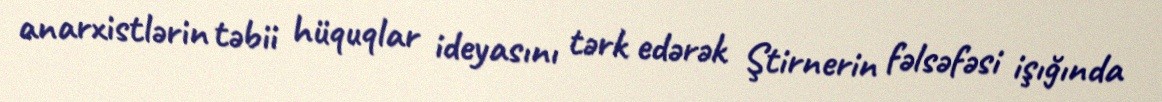
anarxistlərin təbii hüquqlar ideyasını tərk edərək Ştirnerin fəlsəfəsi işığında